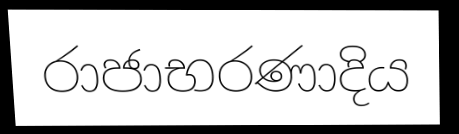
රාජාභරණාදිය